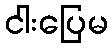
ငါးပြေမ